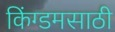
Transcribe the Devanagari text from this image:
किंग्डमसाठी